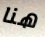
هنا